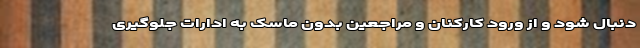
دنبال شود و از ورود کارکنان و مراجعین بدون ماسک به ادارات جلوگیری